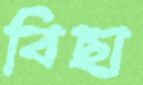
বিছা